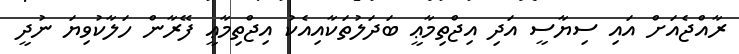
ރާއްޖެއަށް އައި ސިޔާސީ އަދި އިޖްތިމާޢީ ބަދަލުތަކާއިއެކު އިޖްތިމާޢީ ފޭރާން ހަލާކުވިޔަ ނުދީ